Indian journal of veterinary science and animal husbandry - Volume 12,
Year: 1942
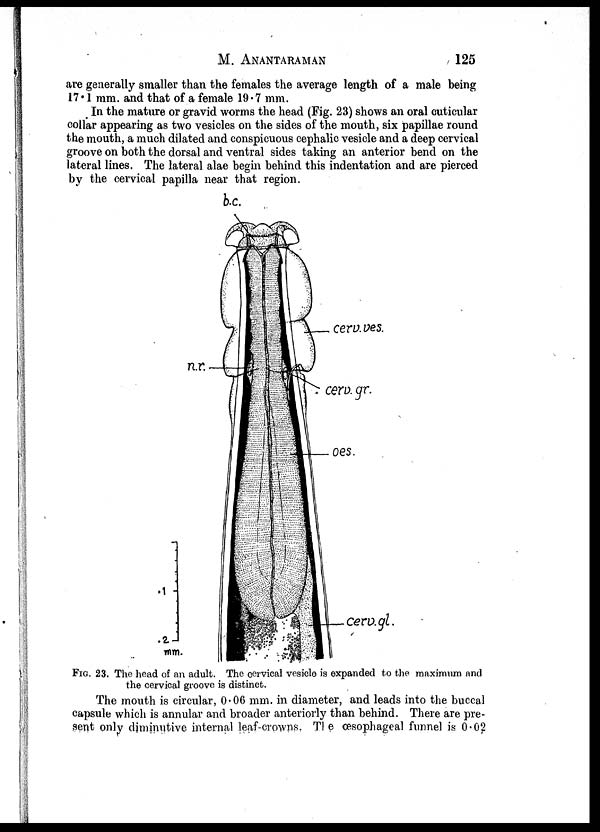
M. ANANTARAMAN 125
are generally smaller than the females the average length of a male being
17.1 mm. and that of a female 19.7 mm.
In the mature or gravid worms the head (Fig. 23) shows an oral cuticular
collar appearing as two vesicles on the sides of the mouth, six papillae round
the mouth, a much dilated and conspicuous cephalic vesicle and a deep cervical
groove on both the dorsal and ventral sides taking an anterior bend on the
lateral lines. The lateral alae begin behind this indentation and are pierced
by the cervical papilla near that region.
FIG. 23. The head of an adult. The cervical vesicle is expanded to the maximum and
the cervical groove is distinct.
The mouth is circular, 0.06 mm. in diameter, and leads into the buccal
capsule which is annular and broader anteriorly than behind. There are pre-
sent only diminutive internal leaf-crowns. The œsophageal funnel is 0.02